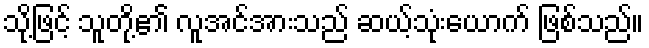
သို့ဖြင့် သူတို့၏ လူအင်အားသည် ဆယ့်သုံးယောက် ဖြစ်သည်။